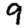
Digit: 9